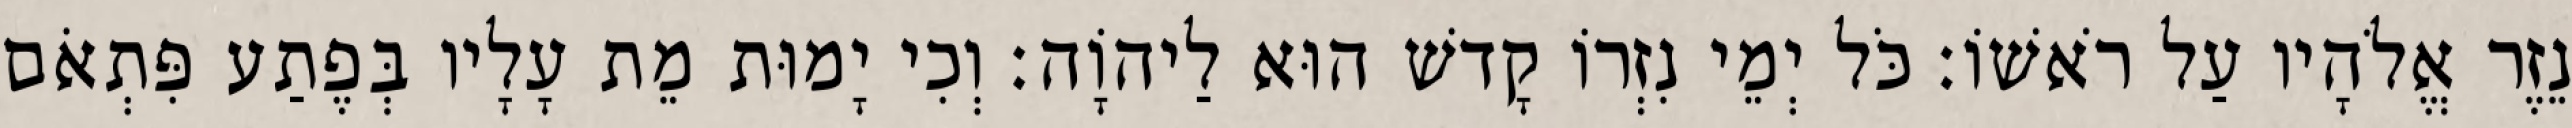
נֵזֶר אֱלֹהָיו עַל רֹאשׁוֹ׃ כֹּל יְמֵי נִזְרוֹ קָדשׁ הוּא לַיהוָֹה׃ וְכִי יָמוּת מֵת עָלָיו בְּפֶתַע פִּתְאֹם